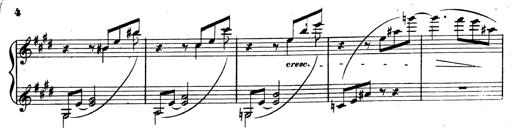
Title: 3 Caprices-Valses
Composer: Franz Liszt